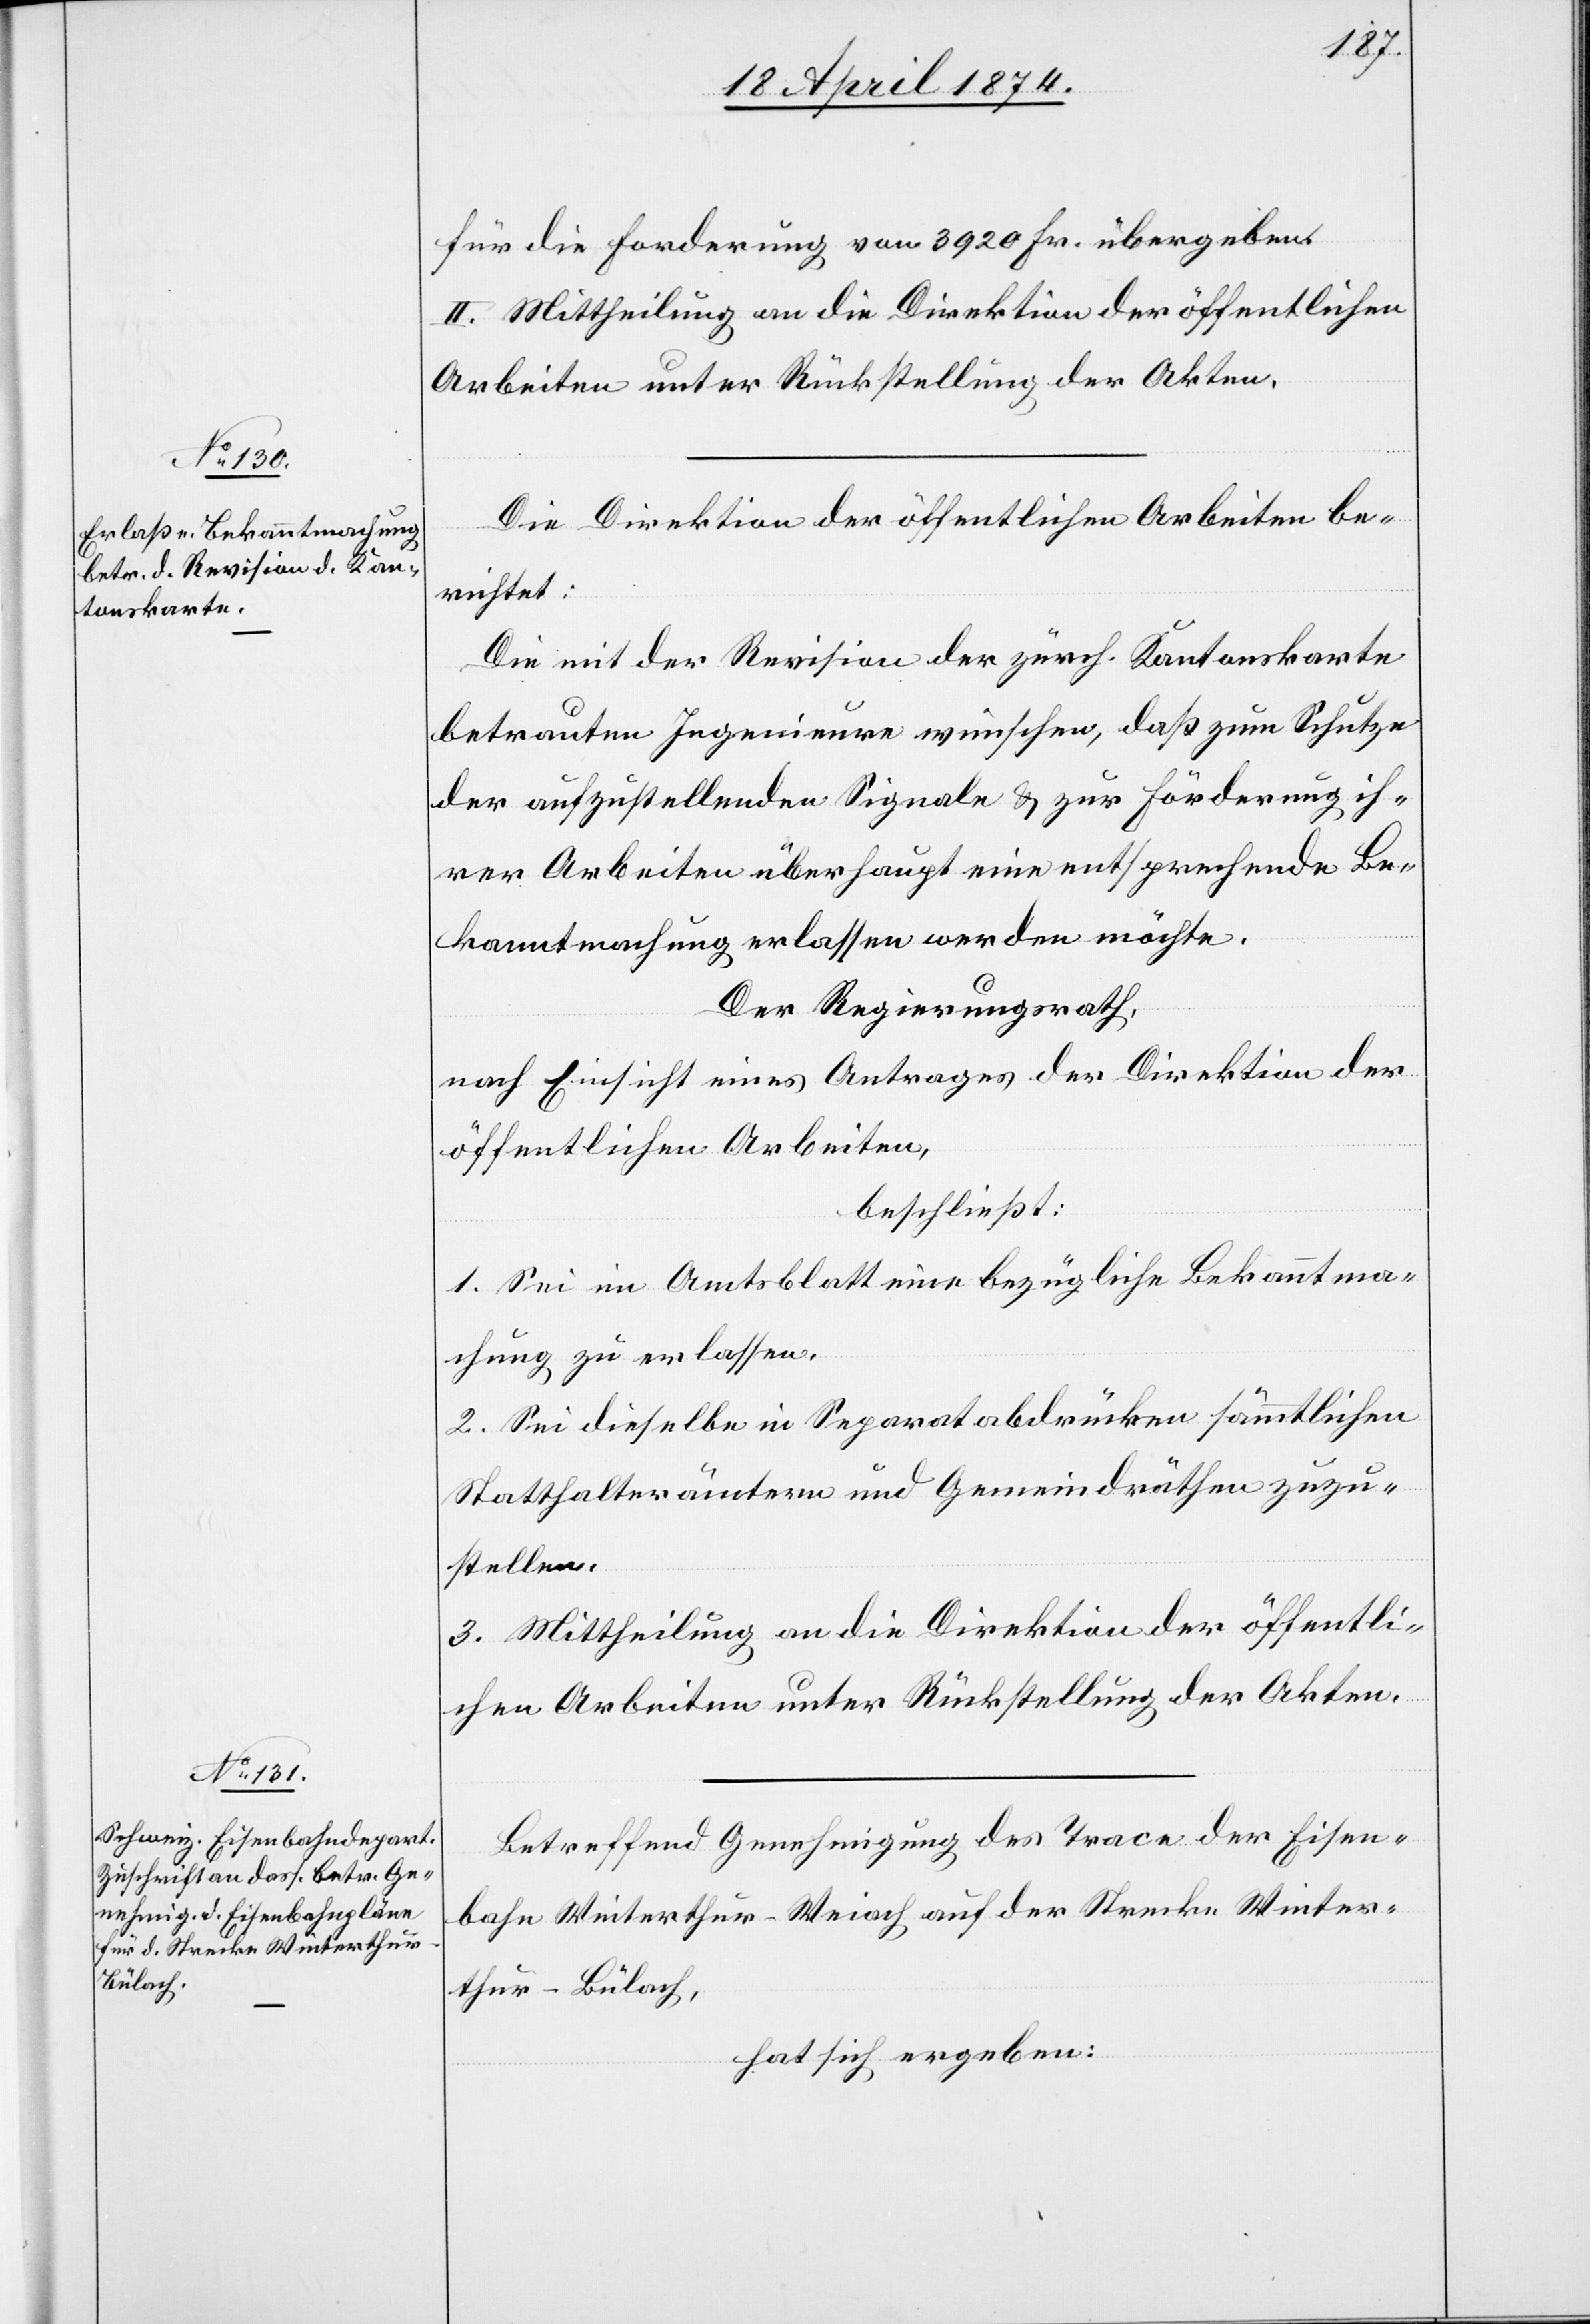
für die Forderung von 3920 Fr. übergeben.
II. Mittheilung an die Direktion der öffentlichen
Arbeiten unter Rückstellung der Akten.
Die Direktion der öffentlichen Arbeiten be¬
richtet:
Die mit der Revision der zürch. Kantonskarte
betrauten Ingenieure wünschen, daß zum Schutze
der aufzustellenden Signale u. zur Förderung ih¬
rer Arbeiten überhaupt eine entsprechende Be¬
kanntmachung erlassen werden möchte.
Der Regierungsrath,
nach Einsicht eines Antrages der Direktion der
öffentlichen Arbeiten,
beschließt:
1. Sei im Amtsblatt eine bezügliche Bekanntma¬
chung zu erlassen.
2. Sei dieselbe in Separatabdrücken sämmtlichen
Statthalterämtern und Gemeindräthen zuzu¬
stellen.
3. Mittheilung an die Direktion der öffentli¬
chen Arbeiten unter Rückstellung der Akten.
Betreffend Genehmigung des Trace der Eisen¬
bahn Winterthur-Weiach auf der Strecke Winter¬
thur-Bülach,
hat sich ergeben: